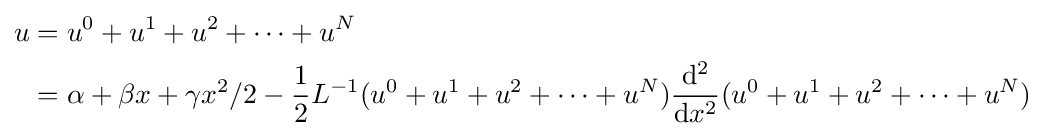
{\begin{aligned}u&=u^{0}+u^{1}+u^{2}+\cdots +u^{N}\\&=\alpha +\beta x+\gamma x^{2}/2-{\frac {1}{2}}L^{-1}(u^{0}+u^{1}+u^{2}+\cdots +u^{N}){\frac {\mathrm {d} ^{2}}{\mathrm {d} x^{2}}}(u^{0}+u^{1}+u^{2}+\cdots +u^{N})\end{aligned}}